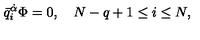
\bar { q } _ { i } ^ { \dot { \alpha } } \Phi = 0 , \quad N - q + 1 \leq i \leq N ,